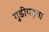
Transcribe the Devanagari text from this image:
गुडीपड़वा